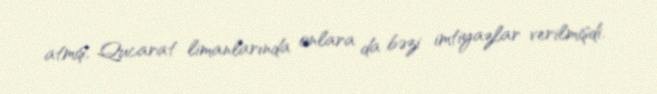
atmış, Qucarat limanlarında onlara da bəzi imtiyazlar verilmişdi.